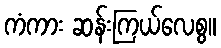
ကံကား ဆန်းကြယ်လေစွ။